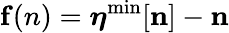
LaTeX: {\mathbf f(n)}={\boldsymbol\eta}^{\mathrm{min}}[{\mathbf n}]-{\mathbf n}